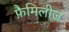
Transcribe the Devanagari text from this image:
फ़ैमिलीज